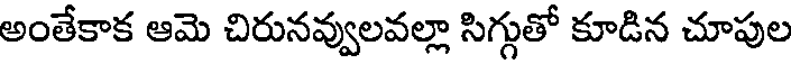
అంతేకాక ఆమె చిరునవ్వులవల్లా సిగ్గుతో కూడిన చూపుల